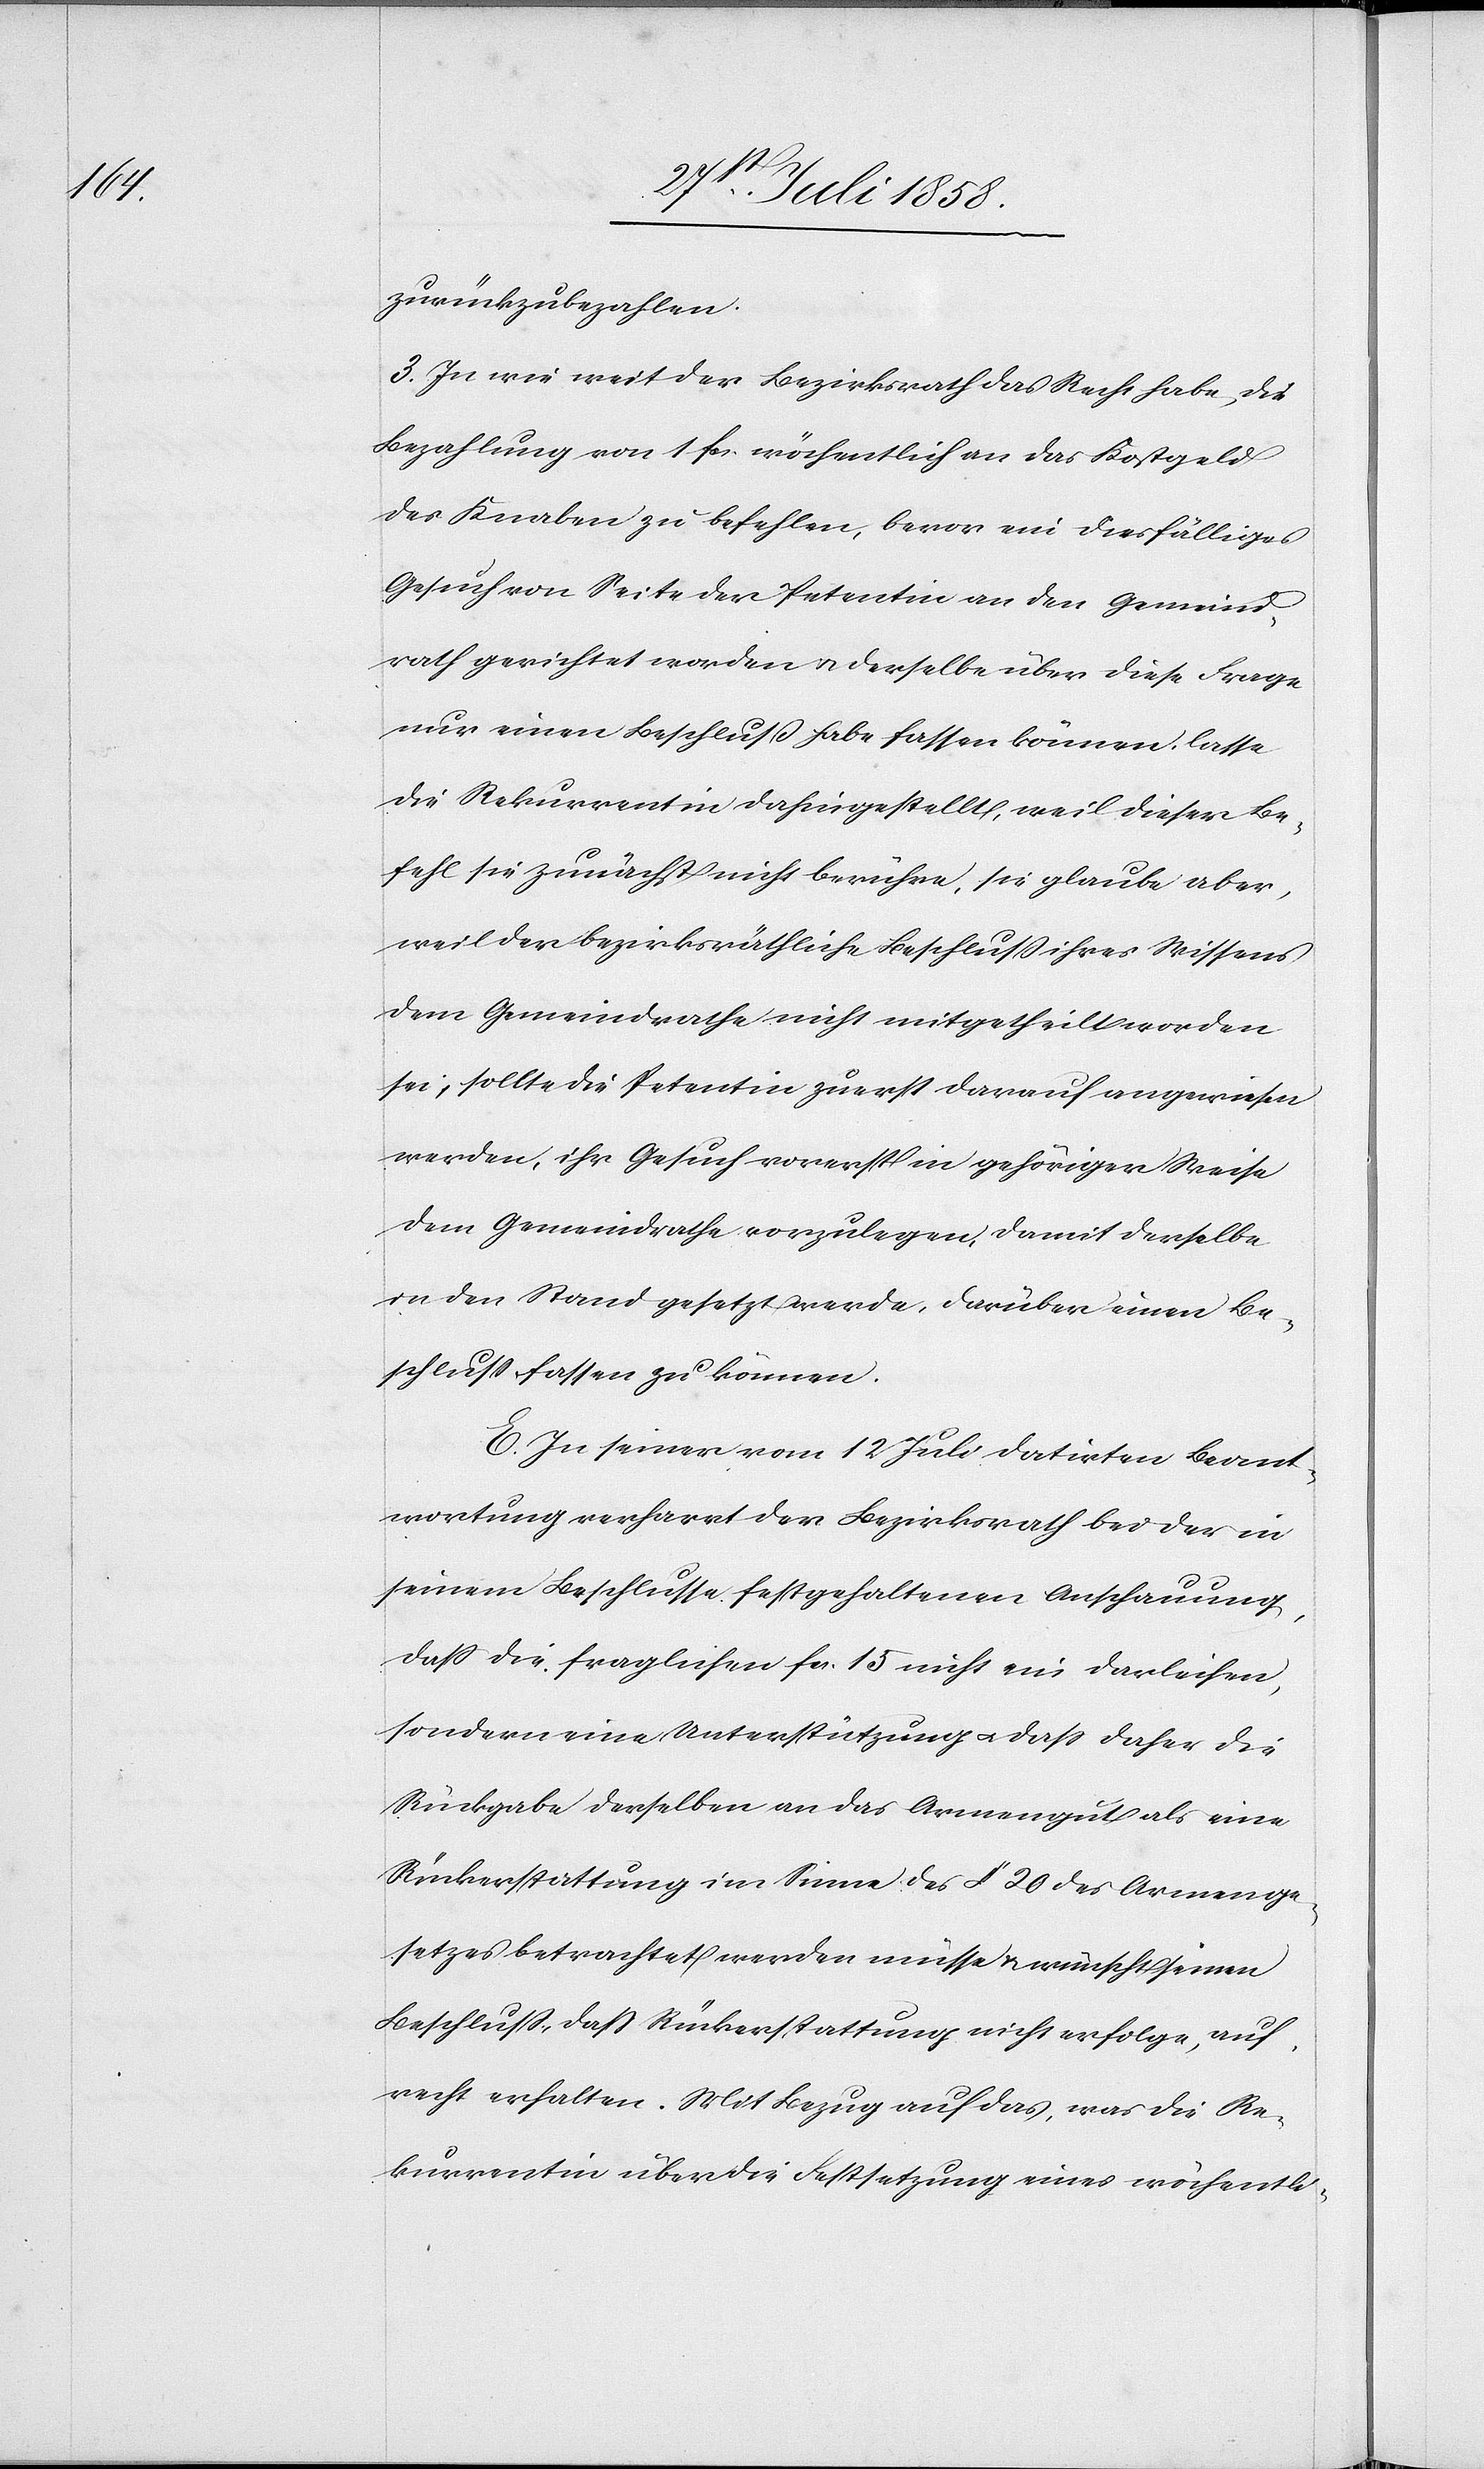
zurückzubezahlen.
3. In wie weit der Bezirksrath das Recht habe, die
Bezahlung von 1 fcs. wöchentlich an das Kostgeld
des Knaben zu befehlen, bevor ein diesfälliges
Gesuch von Seite der Petentin an den Gemeind¬
rath gerichtet worden & derselbe über diese Frage
nur einen Beschluss habe fassen können, lasse
die Rekurrentin dahingestellt, weil dieser Be¬
fehl sie zunächst nicht berühre, sie glaube aber,
weil der bezirksräthliche Beschluss ihres Wissens
dem Gemeindrathe nicht mitgetheilt worden
sei, sollte die Petentin zuerst darauf angewiesen
werden, ihr Gesuch vorerst in gehöriger Weise
dem Gemeindrathe vorzulegen, damit derselbe
in den Stand gesetzt werde, darüber einen Be¬
schluss fassen zu können.
E. In seiner vom 12 Juli datirten Beant¬
wortung verharrt der Bezirksrath bei der in
seinem Beschlusse festgehaltenen Anschauung,
dass die fraglichen fcs. 15 nicht ein Darleihen,
sondern eine Unterstützung & dass daher die
Rückgabe derselben an das Armengut als eine
Rückerstattung im Sinne des § 20 des Armenge¬
setzes betrachtet werden müsse & wünscht seinen
Beschluss, dass Rückerstattung nicht erfolge, auf¬
recht erhalten. Mit Bezug auf das, was die Re¬
kurrentin über die Festsetzung eines wöchentli-